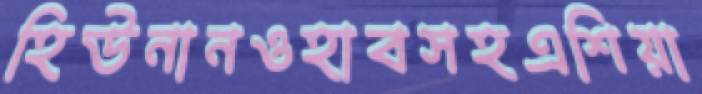
হিউনানওহাবসহএশিয়া